Annual returns of the Patna Lunatic Asylum at Bankipore in Bihar and Orissa - 1912-1924
Year: 1912
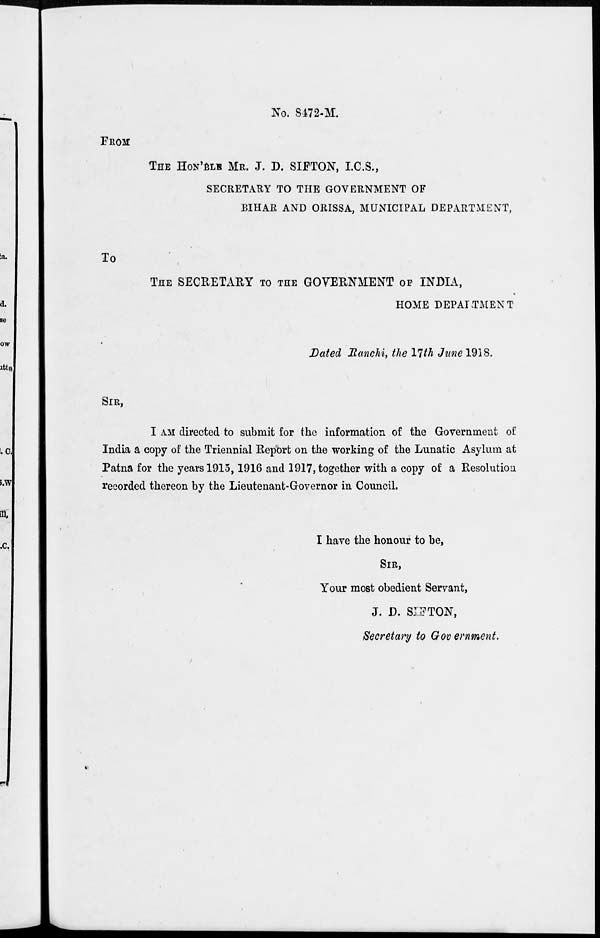
No. 8472-M.
FROM
THE HON'BLE MR. J. D. SIFTON, I.C.S.,
SECRETARY TO THE GOVERNMENT OF
BIHAR AND ORISSA, MUNICIPAL DEPARTMENT,
To
THE SECRETARY TO THE GOVERNMENT OF INDIA,
HOME DEPARTMENT
Dated Ranchi, the 17th June 1918.
SIR,
I AM directed to submit for the information of the Government of
India a copy of the Triennial Report on the working of the Lunatic Asylum at
Patna for the years 1915,1916 and 1917, together with a copy of a Resolution
recorded thereon by the Lieutenant-Governor in Council.
I have the honour to be,
SIR,
Your most obedient Servant,
J. D. SIFTON,
Secretary to Government.